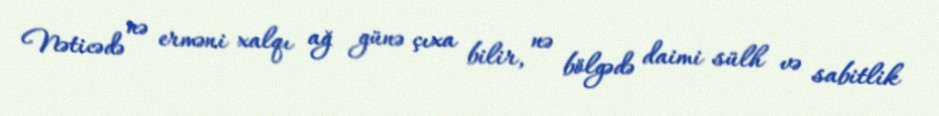
Nəticədə nə erməni xalqı ağ günə çıxa bilir, nə bölgədə daimi sülh və sabitlik